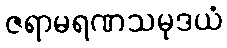
ဇရာမရဏသမုဒယံ